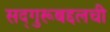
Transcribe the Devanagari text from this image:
सद्‌गुरूबद्दलची